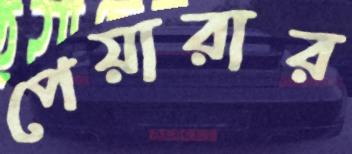
পেয়ারার